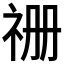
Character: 𮁧